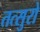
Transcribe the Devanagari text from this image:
तत्सुरो